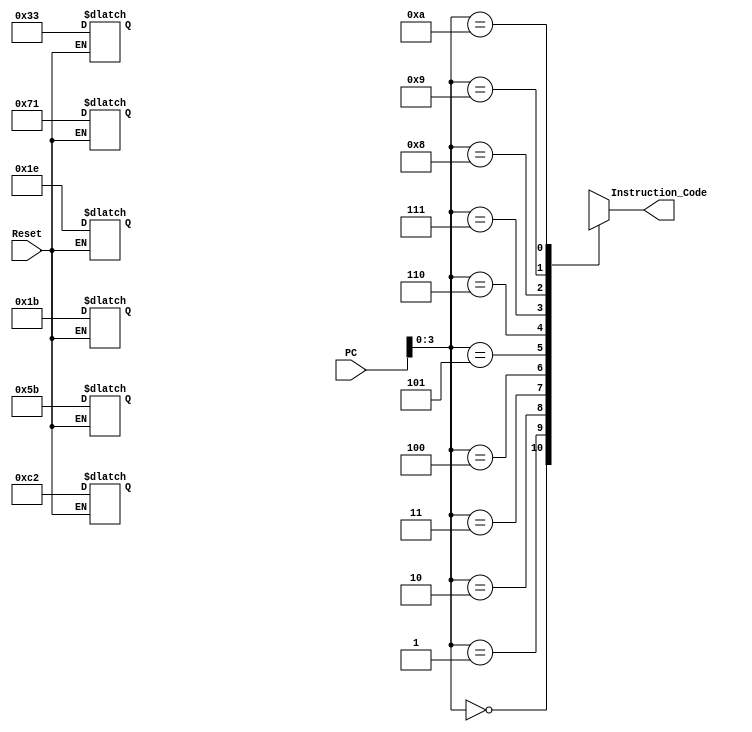
`timescale 1ns / 1ps
//////////////////////////////////////////////////////////////////////////////////
// Company: 
// Engineer: 
// 
// Design Name: 
// Module Name:    Instruction_Mem 
// Project Name: 
// Target Devices: 
// Tool versions: 
// Description: 
//
// Dependencies: 
//
// Revision: 
// Revision 0.01 - File Created
// Additional Comments: 
//
//////////////////////////////////////////////////////////////////////////////////
module Instruction_Mem(
	 input [7:0] PC,
    input Reset,
    output [7:0] Instruction_Code
    );
reg [7:0] Mem [10:0];

assign Instruction_Code=Mem[PC];

always @(Reset)
begin
if (Reset==0)
	begin
	Mem[0]=8'h33; //mov R6,R3 
	Mem[1]=8'h71; //sll R6,1 
	Mem[2]=8'h1e; //mov R3,R6 
	Mem[3]=8'hc2; //j L1 
	Mem[4]=8'h5b; //sll R3,3 
	Mem[5]=8'h1b; //L1: mov R3,R3 
	end
end

endmodule